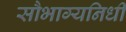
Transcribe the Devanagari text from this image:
सौभाग्यनिधी